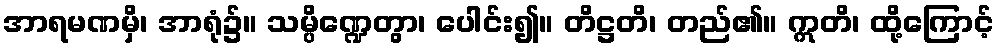
အာရမဏမှိ၊ အာရုံ၌။ သမ္ပိဏ္ဍေတွာ၊ ပေါင်း၍။ တိဋ္ဌတိ၊ တည်၏။ ဣတိ၊ ထို့ကြောင့်